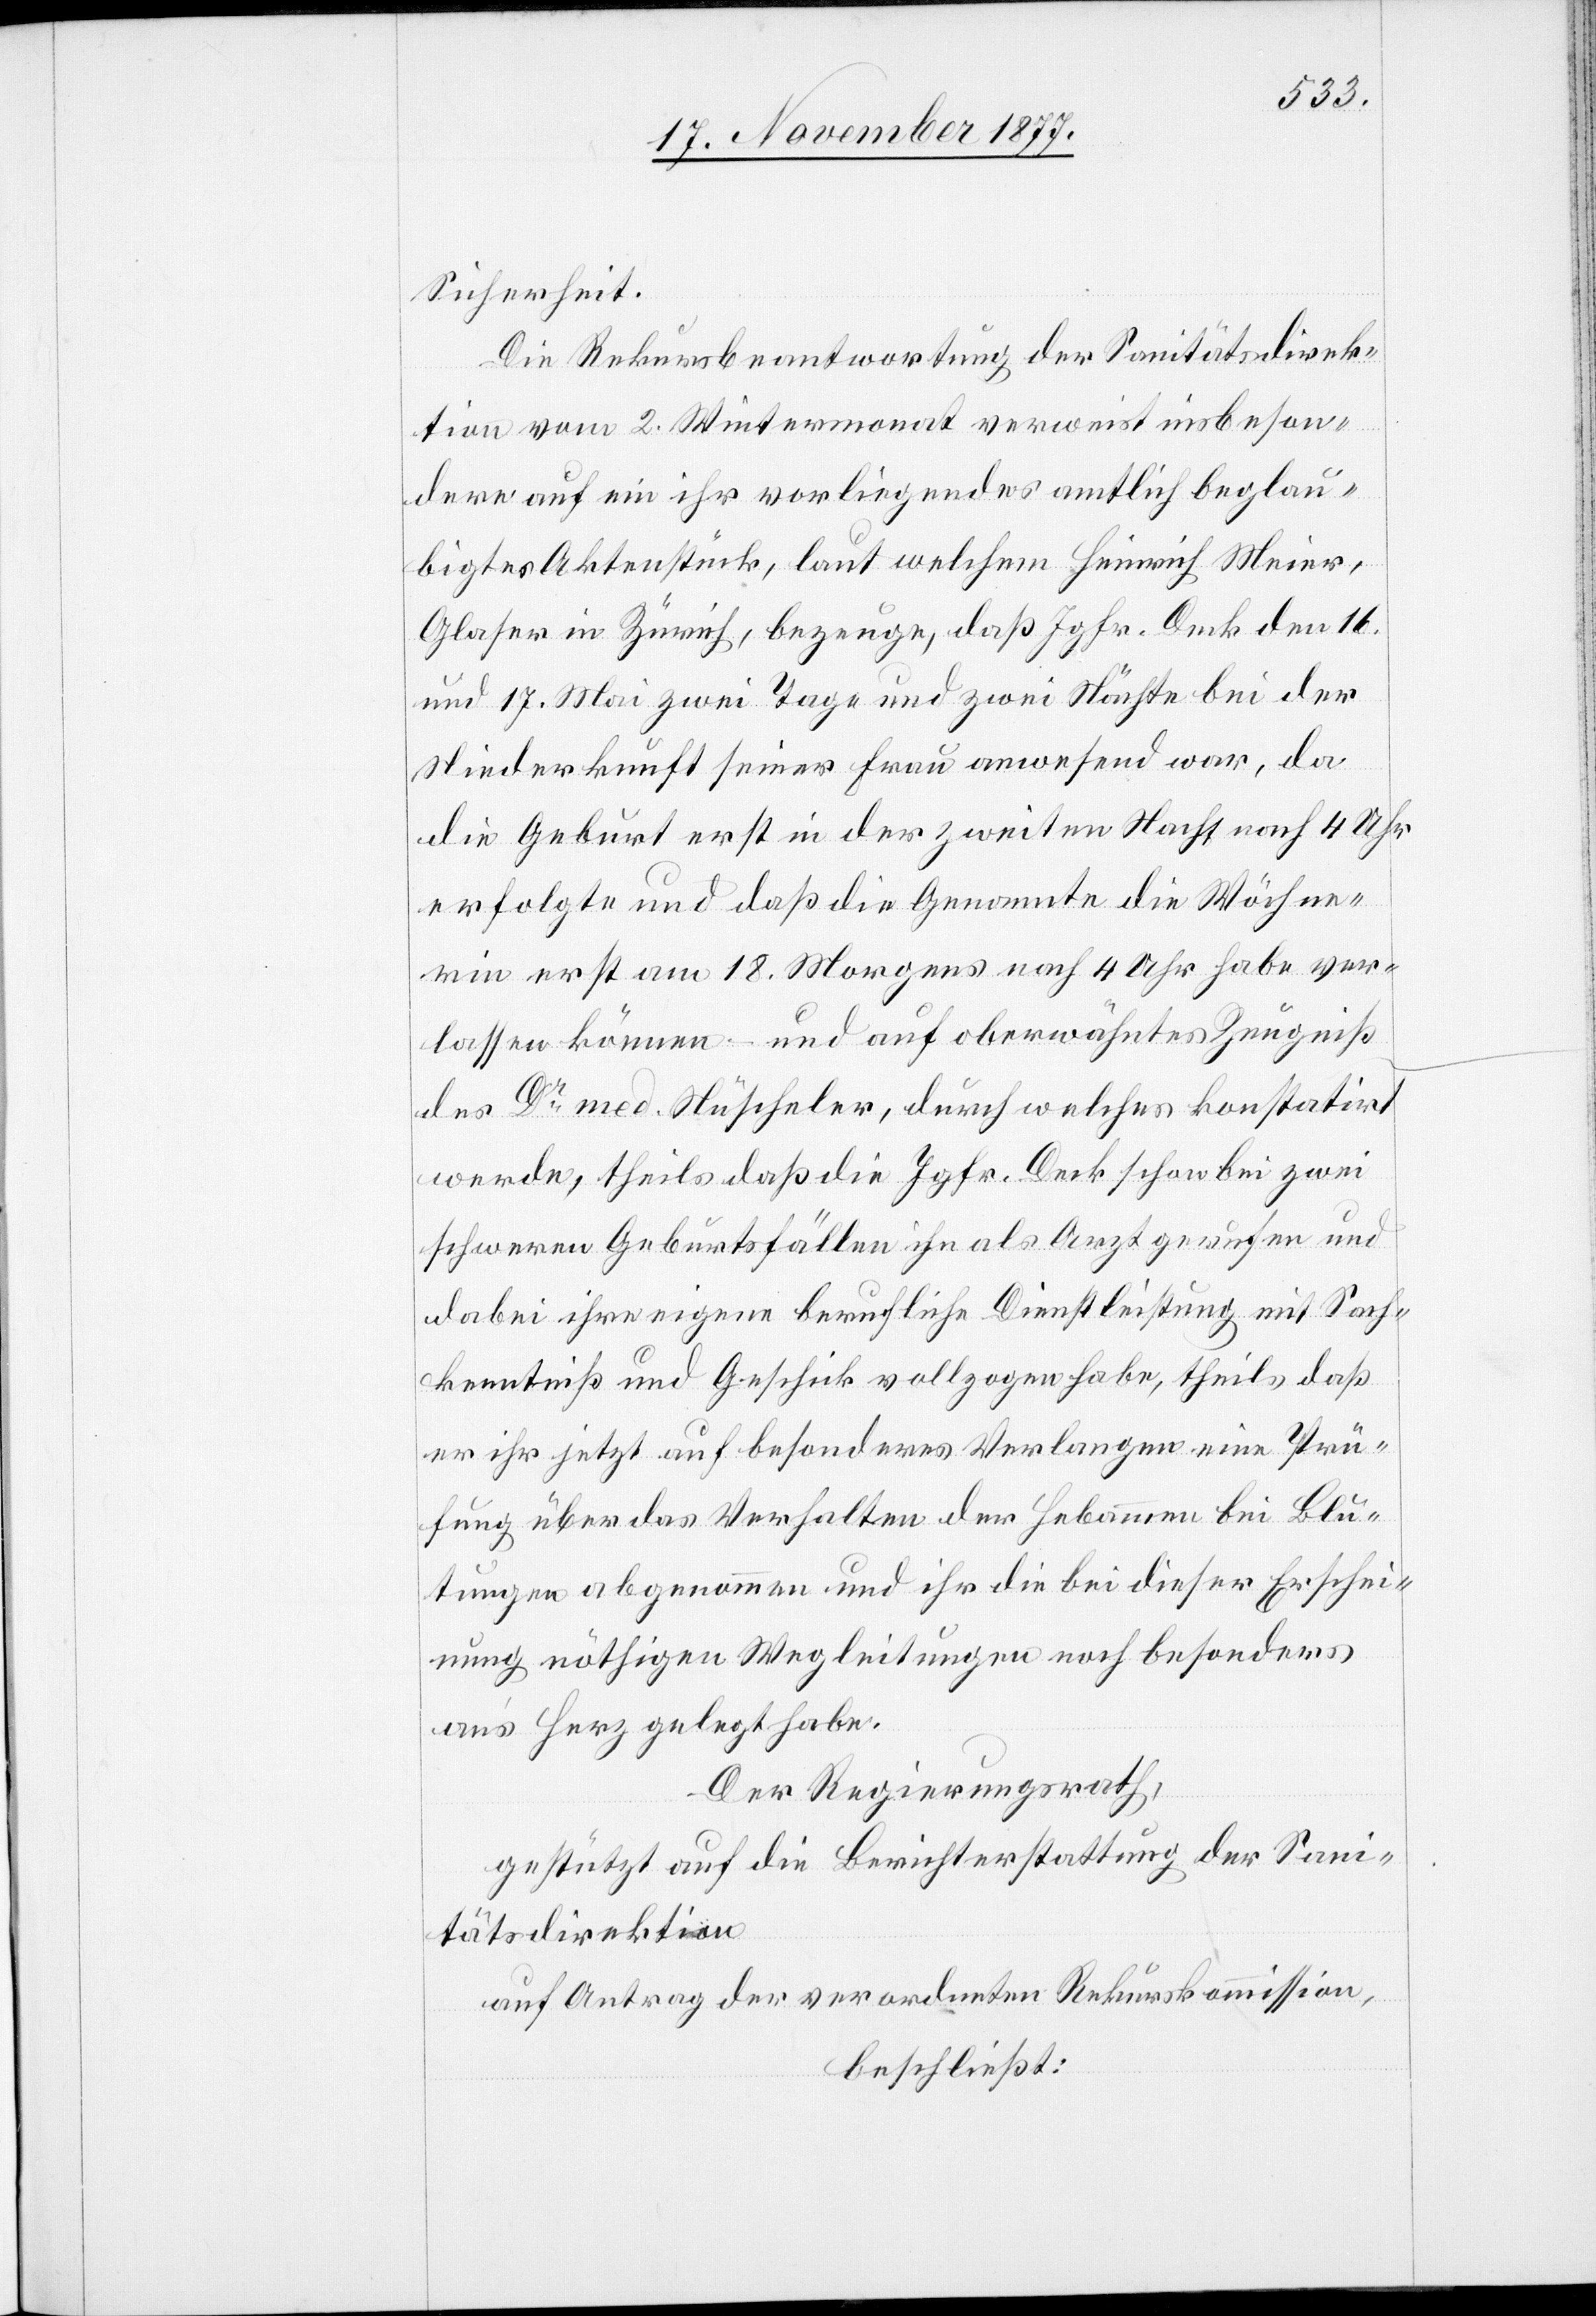
Sicherheit.
Die Rekursbeantwortung der Sanitätsdirek¬
tion vom 2. Wintermonat verweist insbeson¬
dere auf ein ihr vorliegendes amtlich beglau¬
bigtes Aktenstück, laut welchem Heinrich Meier,
Glaser in Zürich, bezeuge, daß Jgfr. Deck den 16.
und 17. Mai zwei Tage und zwei Nächte bei der
Niederkunft seiner Frau anwesend war, da
die Geburt erst in der zweiten Nacht nach 4 Uhr
erfolgte und daß die Genannte die Wöchne¬
rin erst am 18. Morgens nach 4 Uhr habe ver¬
lassen können – und auf oberwähntes Zeugniß
des Dr med. Nüscheler, durch welches konstatirt
werde, theils daß die Jgfr. Deck schon bei zwei
schweren Geburtsfällen ihn als Arzt gerufen und
dabei ihre eigene berufliche Dienstleistung mit Sach¬
kenntniß und Geschick vollzogen habe, theils daß
er ihr jetzt auf besonderes Verlangen eine Prü¬
fung über das Verhalten der Hebammen bei Blu¬
tungen abgenommen und ihr die bei dieser Erschei¬
nung nöthigen Wegleitungen noch besonders
an’s Herz gelegt habe.
Der Regierungsrath,
gestützt auf die Berichterstattung der Sani¬
tätsdirektion
auf Antrag der verordneten Rekurskommission,
beschließt: